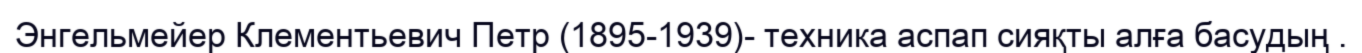
Энгельмейер Клементьевич Петр (1895-1939)- техника аспап сияқты алға басудың .